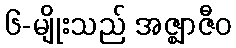
၆-မျိုးသည် အဇ္ဈာဇီဝ